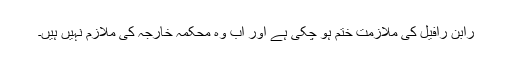
رابن رافیل کی ملازمت ختم ہو چکی ہے اور اب وہ محکمہ خارجہ کی ملازم نہیں ہیں۔